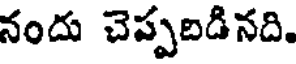
నందు చెప్పబడినది.